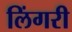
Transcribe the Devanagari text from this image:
लिंगरी